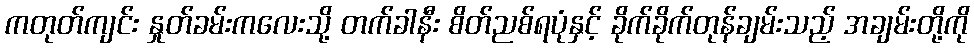
ကတုတ်ကျင်း နှုတ်ခမ်းကလေးသို့ တက်ခါနီး စိတ်ညစ်ရပုံနှင့် ခိုက်ခိုက်တုန်ချမ်းသည့် အချမ်းတို့ကို